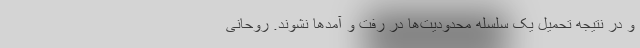
و در نتیجه تحمیل یک سلسله محدودیت‌ها در رفت و آمدها نشوند. روحانی